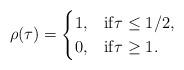
LaTeX: \begin{align*}\rho(\tau) = \begin{cases}1,&\mathrm{if} \tau \leq 1/2,\\0,&\mathrm{if} \tau \geq 1.\end{cases}\end{align*}